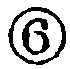
\boxed{6}